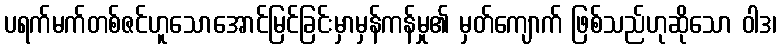
ပရက်မက်တစ်ဇင်ဟူသောအောင်မြင်ခြင်းမှာမှန်ကန်မှု၏ မှတ်ကျောက် ဖြစ်သည်ဟုဆိုသော ဝါဒ၊